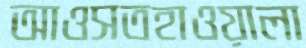
আওসতহাওয়ালা